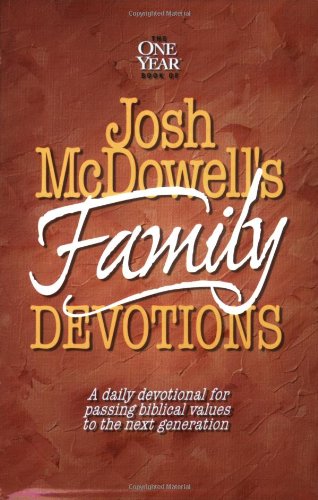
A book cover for The One Year Book of Josh McDowell's Family Devotions: A Daily Devotional for Passing Biblical Values to the Next Generation; Josh McDowell; Christian Books & Bibles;